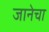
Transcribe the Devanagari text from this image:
जानेचा